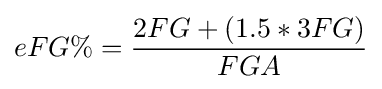
eFG\%={\frac {2FG+(1.5*3FG)}{FGA}}